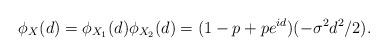
LaTeX: \begin{align*} \phi_X(d)=\phi_{X_1}(d)\phi_{X_2}(d) = (1-p+p e^{id})(-\sigma^2d^2/2).\end{align*}